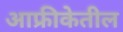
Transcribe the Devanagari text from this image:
आफ्रीकेतील